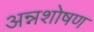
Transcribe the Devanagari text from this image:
अन्नशोषण